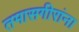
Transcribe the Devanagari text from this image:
तमासगीरांना